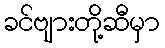
ခင်ဗျားတို့ဆီမှာ